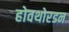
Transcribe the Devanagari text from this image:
होवथोरडन